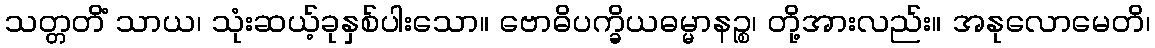
သတ္တတိံ သာယ၊ သုံးဆယ့်ခုနှစ်ပါးသော။ ဗောဓိပက္ခိယဓမ္မာနဉ္စ၊ တို့အားလည်း။ အနုလောမေတိ၊